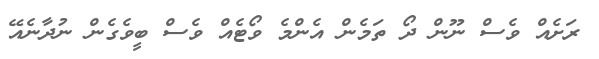
ރަށެއް ވެސް ނޫން ދޯ ތަމެން އެންމެ ވޯޓެއް ވެސް ބީވެގެން ނުދާނެއޭ